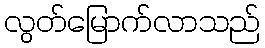
လွတ်မြောက်လာသည်